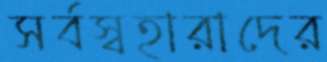
সর্বস্বহারাদের